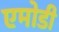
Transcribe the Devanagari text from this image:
एमोडी